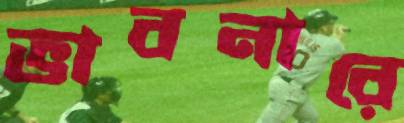
ভাবনারে